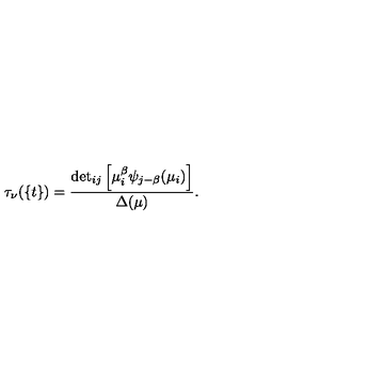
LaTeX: \tau _ { \nu } ( \{ t \} ) = \frac { { { \det } _ { i j } \left[ \mu _ { i } ^ { \beta } \psi _ { j - \beta } ( \mu _ { i } ) \right] } } { \Delta ( \mu ) } .